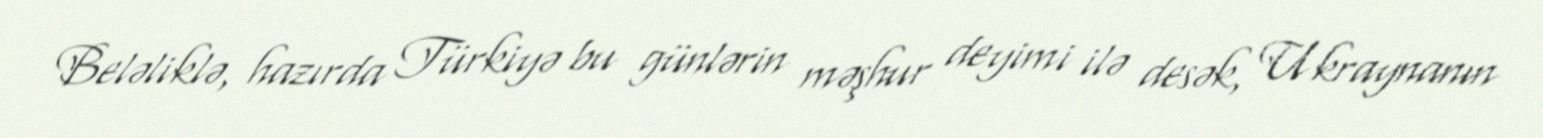
Beləliklə, hazırda Türkiyə bu günlərin məşhur deyimi ilə desək, Ukraynanın